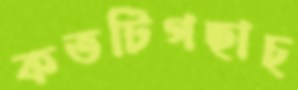
কতটিগছাচ্